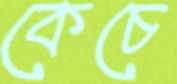
কেচে